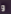
و